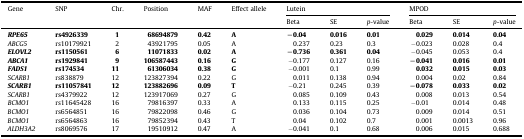
<table><thead><tr><td rowspan="2"><b>Gene</b></td><td rowspan="2"><b>SNP</b></td><td rowspan="2"><b>Chr.</b></td><td rowspan="2"><b>Position</b></td><td rowspan="2"><b>MAF</b></td><td rowspan="2"><b>Effect allele</b></td><td colspan="3"><b>Lutein</b></td><td colspan="3"><b>MPOD</b></td></tr><tr><td><b>Beta</b></td><td><b>SE</b></td><td><b><i>p</i>-value</b></td><td><b>Beta</b></td><td><b>SE</b></td><td><b><i>p</i>-value</b></td></tr></thead><tbody><tr><td><b><i>RPE65</i></b></td><td><b>rs4926339</b></td><td><b>1</b></td><td><b>68694879</b></td><td><b>0.42</b></td><td><b>A</b></td><td><b>−0.04</b></td><td><b>0.016</b></td><td><b>0.01</b></td><td><b>0.029</b></td><td><b>0.014</b></td><td><b>0.04</b></td></tr><tr><td><i>ABCG5</i></td><td>rs10179921</td><td>2</td><td>43921795</td><td>0.05</td><td>A</td><td>0.237</td><td>0.23</td><td>0.3</td><td>−0.023</td><td>0.028</td><td>0.4</td></tr><tr><td><b><i>ELOVL2</i></b></td><td><b>rs1150561</b></td><td><b>6</b></td><td><b>11071833</b></td><td><b>0.02</b></td><td><b>A</b></td><td><b>−0.736</b></td><td><b>0.361</b></td><td><b>0.04</b></td><td>−0.045</td><td>0.053</td><td>0.4</td></tr><tr><td><b><i>ABCA1</i></b></td><td><b>rs1929841</b></td><td><b>9</b></td><td><b>106587443</b></td><td><b>0.16</b></td><td><b>G</b></td><td>−0.177</td><td>0.127</td><td>0.16</td><td><b>−0.041</b></td><td><b>0.016</b></td><td><b>0.01</b></td></tr><tr><td><b><i>FADS1</i></b></td><td><b>rs174534</b></td><td><b>11</b></td><td><b>61306034</b></td><td><b>0.38</b></td><td><b>G</b></td><td>−0.001</td><td>0.1</td><td>0.99</td><td><b>0.032</b></td><td><b>0.015</b></td><td><b>0.03</b></td></tr><tr><td><i>SCARB1</i></td><td>rs838879</td><td>12</td><td>123827394</td><td>0.22</td><td>G</td><td>0.011</td><td>0.138</td><td>0.94</td><td>0.004</td><td>0.02</td><td>0.84</td></tr><tr><td><b><i>SCARB1</i></b></td><td><b>rs11057841</b></td><td><b>12</b></td><td><b>123882696</b></td><td><b>0.09</b></td><td><b>T</b></td><td>−0.21</td><td>0.245</td><td>0.39</td><td><b>−0.078</b></td><td><b>0.033</b></td><td><b>0.02</b></td></tr><tr><td><i>SCARB1</i></td><td>rs4379922</td><td>12</td><td>123917069</td><td>0.27</td><td>G</td><td>0.085</td><td>0.109</td><td>0.43</td><td>0.008</td><td>0.013</td><td>0.54</td></tr><tr><td><i>BCMO1</i></td><td>rs11645428</td><td>16</td><td>79816397</td><td>0.33</td><td>A</td><td>0.133</td><td>0.115</td><td>0.25</td><td>−0.01</td><td>0.014</td><td>0.48</td></tr><tr><td><i>BCMO1</i></td><td>rs6564851</td><td>16</td><td>79822098</td><td>0.46</td><td>G</td><td>0.036</td><td>0.104</td><td>0.73</td><td>0.009</td><td>0.014</td><td>0.51</td></tr><tr><td><i>BCMO1</i></td><td>rs6564863</td><td>16</td><td>79852394</td><td>0.43</td><td>T</td><td>0.04</td><td>0.102</td><td>0.7</td><td>0.001</td><td>0.0013</td><td>0.96</td></tr><tr><td><i>ALDH3A2</i></td><td>rs8069576</td><td>17</td><td>19510912</td><td>0.47</td><td>A</td><td>−0.041</td><td>0.1</td><td>0.68</td><td>0.006</td><td>0.015</td><td>0.688</td></tr></tbody></table>